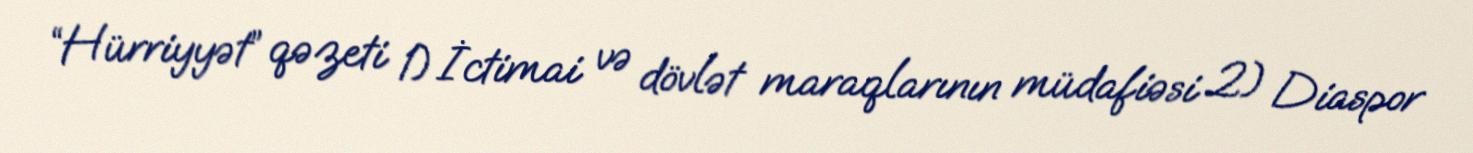
“Hürriyyət” qəzeti 1) İctimai və dövlət maraqlarının müdafiəsi 2) Diaspor